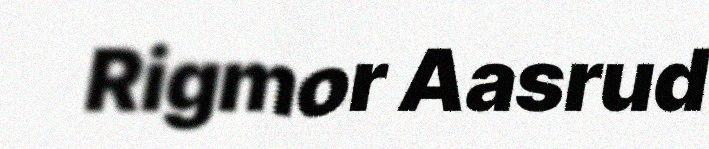
Rigmor Aasrud